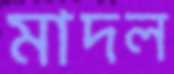
মাদল